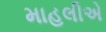
માહલીએ